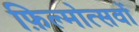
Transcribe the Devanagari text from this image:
फ़िल्मोत्सवों